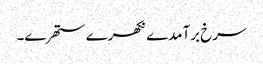
سرخ برآمدے نکھرے ستھرے۔